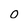
Character: 0